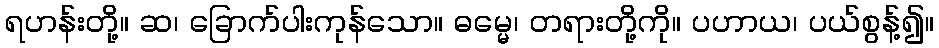
ရဟန်းတို့။ ဆ၊ ခြောက်ပါးကုန်သော။ ဓမ္မေ၊ တရားတို့ကို။ ပဟာယ၊ ပယ်စွန့်၍။